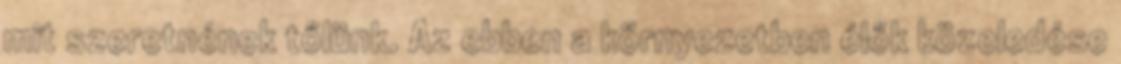
mit szeretnének tőlünk. Az ebben a környezetben élők közeledése